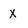
Character: x